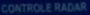
CONTROLE RADAR